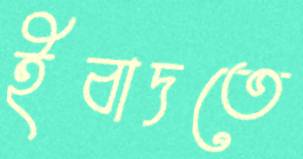
ইবাদতে